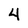
Character: 4